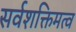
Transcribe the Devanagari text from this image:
सर्वशक्तिमत्व